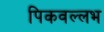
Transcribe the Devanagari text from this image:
पिकवल्लभ